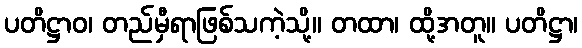
ပတိဋ္ဌာဝ၊ တည်မှီရာဖြစ်သကဲ့သို့။ တထာ၊ ထို့အတူ။ ပတိဋ္ဌာ၊